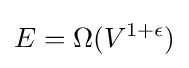
E=\Omega (V^{1+\epsilon })